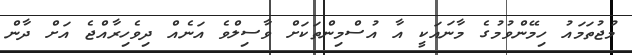
މުޖުތަމައު ހިމޭންވުމުގެ މާނައަކީ އާ އުސްމިންތަކަށް ވާސިލްވެ އަނެއް ދިވެހިރާއްޖެ އަށް ދާން